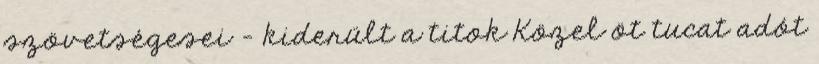
szövetségesei - kiderült a titok Közel öt tucat adót